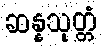
ဆန္နသုတ္တံ